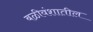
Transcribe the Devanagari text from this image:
बळीवंशातील